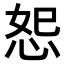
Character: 𪫴